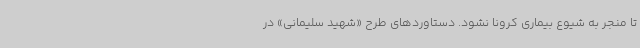
تا منجر به شیوع بیماری کرونا نشود. دستاوردهای طرح «شهید سلیمانی» در